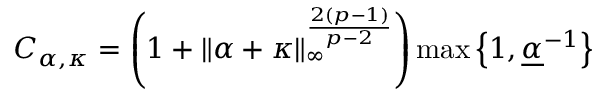
C _ { \alpha , \kappa } = \left( 1 + \| \alpha + \kappa \| _ { \infty } ^ { \frac { 2 ( p - 1 ) } { p - 2 } } \right) \operatorname* { m a x } \left\lbrace 1 , \underline { { \alpha } } ^ { - 1 } \right\rbrace